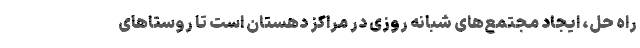
راه حل، ایجاد مجتمع‌های شبانه روزی در مراکز دهستان است تا روستاهای